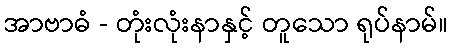
အာဗာဓံ - တုံးလုံးနာနှင့် တူသော ရုပ်နာမ်။